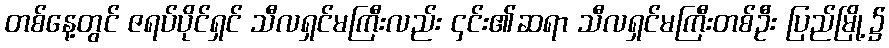
တစ်နေ့တွင် ဇရပ်ပိုင်ရှင် သီလရှင်မကြီးလည်း ၄င်း၏ဆရာ သီလရှင်မကြီးတစ်ဦး ပြည်မြို့၌